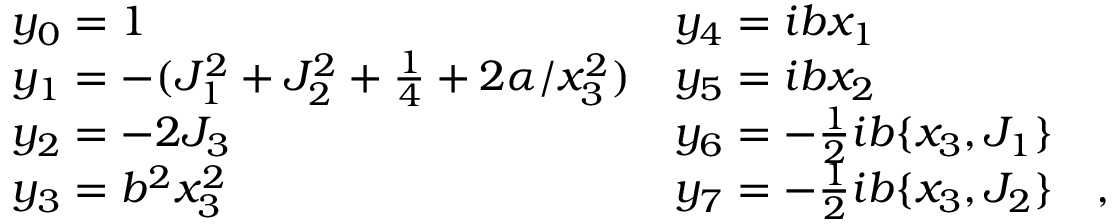
\begin{array} { l l } { { y _ { 0 } = 1 } } & { { y _ { 4 } = i b x _ { 1 } } } \\ { { y _ { 1 } = - ( J _ { 1 } ^ { 2 } + J _ { 2 } ^ { 2 } + \frac { 1 } { 4 } + 2 \alpha / x _ { 3 } ^ { 2 } ) } } & { { y _ { 5 } = i b x _ { 2 } } } \\ { { y _ { 2 } = - 2 J _ { 3 } } } & { { y _ { 6 } = - \frac { 1 } { 2 } i b \{ x _ { 3 } , J _ { 1 } \} } } \\ { { y _ { 3 } = b ^ { 2 } x _ { 3 } ^ { 2 } } } & { { y _ { 7 } = - \frac { 1 } { 2 } i b \{ x _ { 3 } , J _ { 2 } \} \quad , } } \end{array}